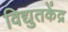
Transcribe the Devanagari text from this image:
विद्युतकेंद्र